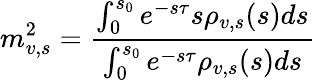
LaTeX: m_{v,s}^{2}=\displaystyle{\frac{\int_{0}^{s_{0}}e^{-s\tau}s\rho_{v,s}(s)ds}{\int_{0}^{s_{0}}e^{-s\tau}\rho_{v,s}(s)ds}}